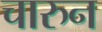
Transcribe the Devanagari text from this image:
चारुन